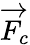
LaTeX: \overrightarrow{F}_{c}